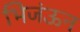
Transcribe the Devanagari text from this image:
भिजंऊन